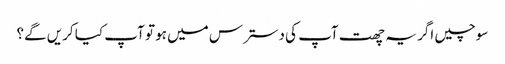
سوچیں اگر یہ چھت آپ کی دسترس میں ہو تو آپ کیا کریں گے؟